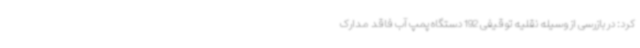
کرد: در بازرسی از وسیله نقلیه توقیفی 192 دستگاه پمپ آب فاقد مدارک